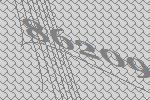
86209